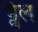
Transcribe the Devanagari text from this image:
ड्वेल